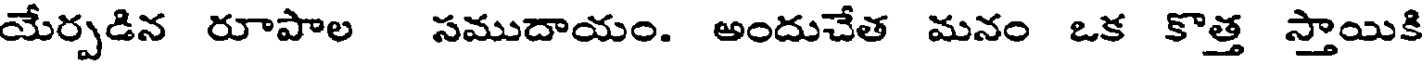
యేర్పడిన రూపాల సముదాయం. అందుచేత మనం ఒక కొత్త స్తాయికి